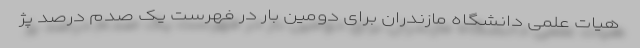
هیات علمی دانشگاه مازندران برای دومین بار در فهرست یک صدم درصد پژ